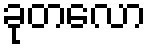
ခုတလော